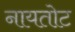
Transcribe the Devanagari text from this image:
नायतोट